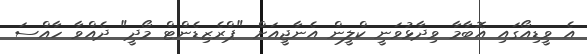
އެ ވީޑިއޯގައި އޮބާމާ ވިދާޅުވަނީ ކްލީން އެނާޖީއަށް "ޕްރެޒިޑެންޓް މޯދީ" ދެއްވާ ހާއްސަ